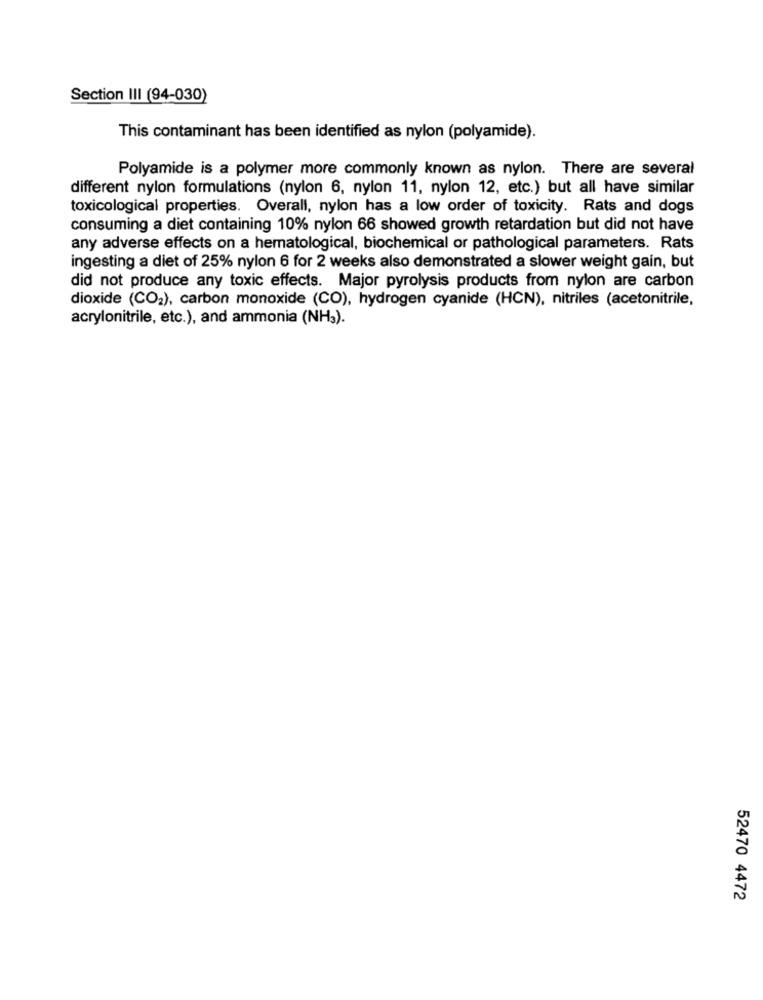
Section III (94-030)
This contaminant has been identified as nylon (polyamide).
Polyamide is a polymer more commonly known as nylon. There are several
different nylon formulations (nylon 6, nylon 11, nylon 12, etc.) but all have similar
toxicological properties. Overall, nylon has a low order of toxicity. Rats and dogs
consuming a diet containing 10% nylon 66 showed growth retardation but did not have
any adverse effects on a hematological, biochemical or pathological parameters. Rats
ingesting a diet of 25% nylon 6 for 2 weeks also demonstrated a slower weight gain, but
did not produce any toxic effects. Major pyrolysis products from nylon are carbon
dioxide (CO2), carbon monoxide (CO), hydrogen cyanide (HCN), nitriles (acetonitrile,
acrylonitrile, etc.), and ammonia (NH3).
52470 4472